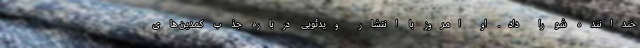
خنداننده شو را داد. او امروز با انتشار ویدئویی درباره جذب کمدین های